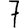
Digit: 7